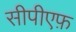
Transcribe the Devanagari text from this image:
सीपीएफ़